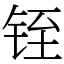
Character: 铚